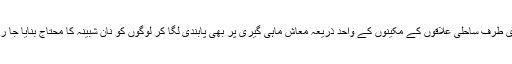
دوسری طرف ساحلی علاقوں کے مکینوں کے واحد ذریعہ معاش ماہی گیری پر بھی پابندی لگا کر لوگوں کو نان شبینہ کا محتاج بنایا جا رہا ہے۔